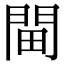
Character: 𨳸